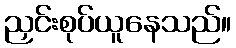
ညှင်းစုပ်ယူနေသည်။